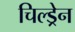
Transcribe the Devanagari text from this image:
चिल्‍ड्रेन